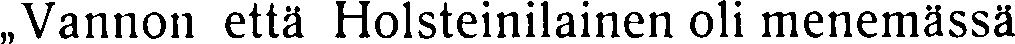
„Vannon että Holsteinilainen oli menemässä